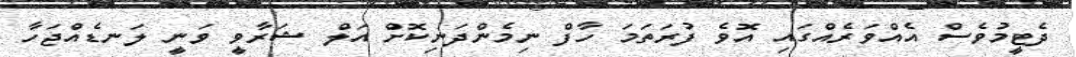
ދެޓީމުވެސް އެއްވަރެއްގައި އޮވެ ފުރަތަމަ ހާފް ނިމެންދަނިކޮށް އަލް ޝަރާވީ ވަނީ ލަނޑެއްޖަހާ